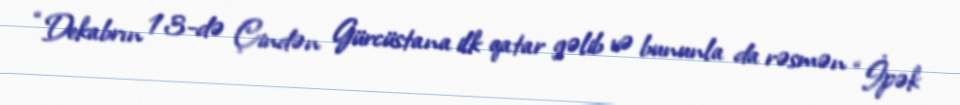
“Dekabrın 13-də Çindən Gürcüstana ilk qatar gəlib və bununla da rəsmən “İpək